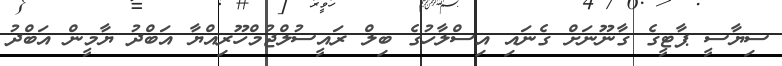
ސިޔާސީ ޕާޓީގެ ގާނޫނަށް ގެނައި އިސްލާހުގެ ބިލް ރައީސުުލްޖުމްހޫރިއްޔާ އަބްދު ޔާމީން އަބްދު